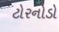
ટોરનોડો